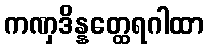
ကဏှဒိန္နတ္ထေရဂါထာ